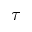
\tau